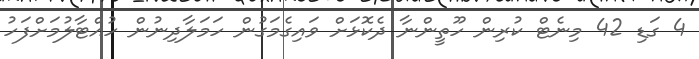
4 ގަޑި 42 މިނެޓް ކުރިން ހޫތީންނާ ދެކޮޅަށް ވައިގެމަގުން ހަމަލާދިނުން ހުއްޓާލުމަށްފަހު